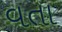
વતા